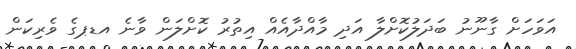
އަވަހަށް ގާނޫނު ބަދަލުކޮށްލާ އަދި މާއްދާއެއް އިތުރު ކޮށްލަން ވާނެ އޑޕގެ ވެރިކަން